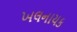
ખલનાયક